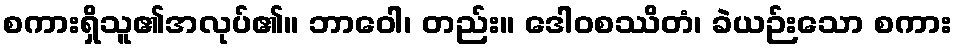
စကားရှိသူ၏အလုပ်၏။ ဘာဝေါ၊ တည်း။ ဒေါဝစဿိတံ၊ ခဲယဉ်းသော စကား